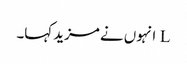
L انہوں نے مزید کہا۔